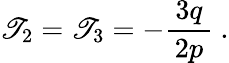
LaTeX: \mathscr{T}_{2}=\mathscr{T}_{3}=-{\frac{{\, 3q\, }}{{2p}}}~.